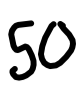
Text: 50
Cross-out: clean
Writing tool: digital_black